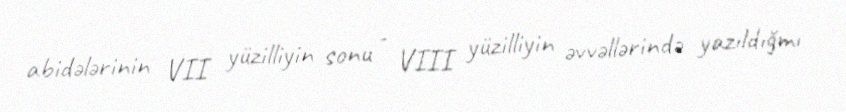
abidələrinin VII yüzilliyin sonu - VIII yüzilliyin əvvəllərində yazıldığmı